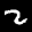
Label: 2